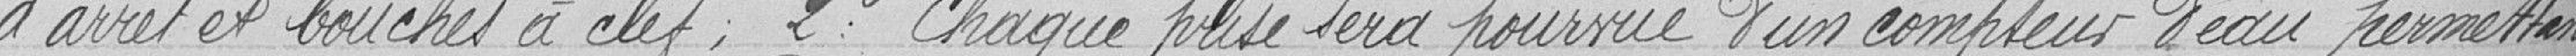
d'arrêt et bouches à clef; 2° Chaque prise sera pourvue d'un compteur d'eau permettant